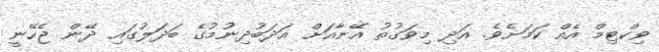
ވިކްޓިމް އެއް ކަމަށެވެ. އަދި މިވަގުތު އޭނާއަށް އަދަބުދިނުމުގެ ބަދަލުގައި ދޭން ޖެހޭނީ